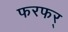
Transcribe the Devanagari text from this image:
फरफर्